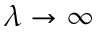
\lambda \to \infty